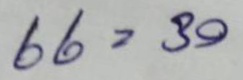
66 = 30